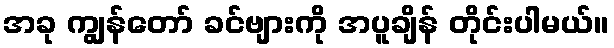
အခု ကျွန်တော် ခင်ဗျားကို အပူချိန် တိုင်းပါမယ်။